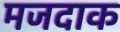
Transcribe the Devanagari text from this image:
मजदाक